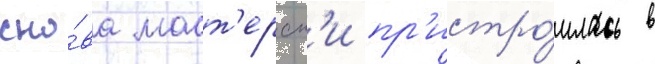
сно́ва маст'ерск'и пр'истро́илась в